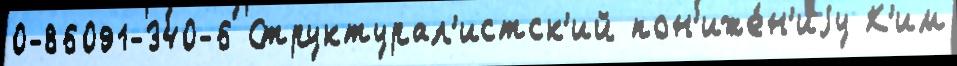
0-86091-340-6 Структурал'истск'ий пон'иже́н'иjу К'им